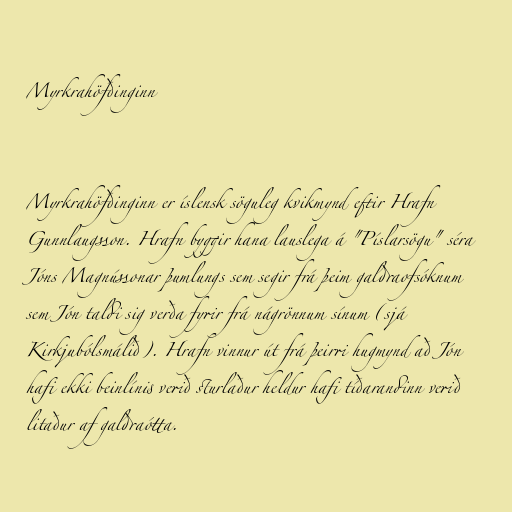
Myrkrahöfðinginn

Myrkrahöfðinginn er íslensk söguleg kvikmynd eftir Hrafn
Gunnlaugsson. Hrafn byggir hana lauslega á "Píslarsögu" séra
Jóns Magnússonar þumlungs sem segir frá þeim galdraofsóknum
sem Jón taldi sig verða fyrir frá nágrönnum sínum (sjá
Kirkjubólsmálið). Hrafn vinnur út frá þeirri hugmynd að Jón
hafi ekki beinlínis verið sturlaður heldur hafi tíðarandinn verið
litaður af galdraótta.